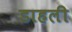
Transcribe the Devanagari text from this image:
डाहली